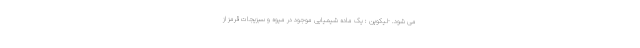
می شود. -لیکوپن : یک ماده شیمیایی موجود در میوه و سبزیجات قرمز از